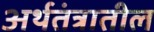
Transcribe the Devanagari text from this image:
अर्थतंत्रातील